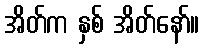
အိတ်က နှစ် အိတ်နော်။